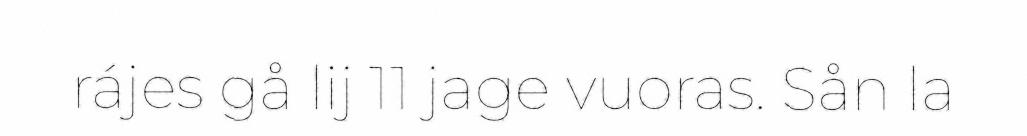
rájes gå lij 11 jage vuoras. Sån la